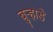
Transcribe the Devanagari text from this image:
बुऱ्हाडे